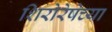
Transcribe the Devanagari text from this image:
शिरोरेषेच्या